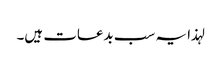
لہذا یہ سب بدعات ہیں۔